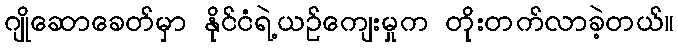
ဂျိုဆောခေတ်မှာ နိုင်ငံရဲ့ယဉ်ကျေးမှုက တိုးတက်လာခဲ့တယ်။